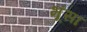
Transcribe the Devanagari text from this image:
भूंसा